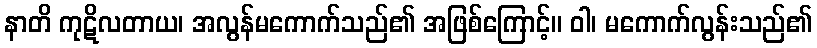
နာတိ ကုဋိလတာယ၊ အလွန်မကောက်သည်၏ အဖြစ်ကြောင့်။ ဝါ၊ မကောက်လွန်းသည်၏